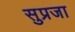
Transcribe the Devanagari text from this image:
सुप्रजा